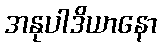
အနုပါဒိယာနော